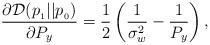
LaTeX: \begin{align*}\frac{\partial \mathcal{D}(p_{_1}||p_{_0})}{\partial P_y} = \frac{1}{2}\left(\frac{1}{\sigma_w^2} - \frac{1}{P_y}\right),\end{align*}